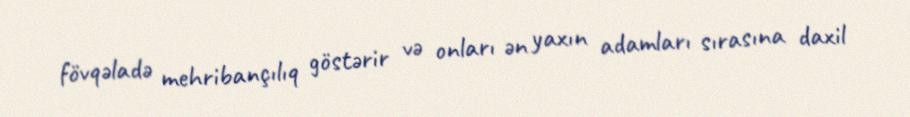
fövqəladə mehribançılıq göstərir və onları ən yaxın adamları sırasına daxil